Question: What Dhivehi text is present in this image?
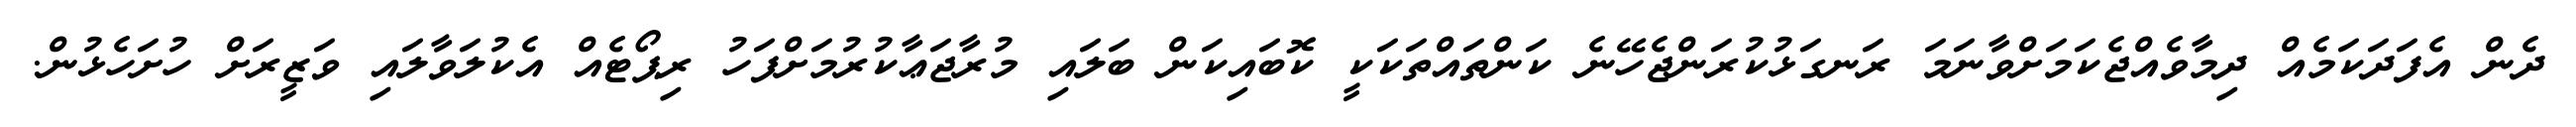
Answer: ދެން އެފަދަކަމެއް ދިމާވެއްޖެކަމަށްވާނަމަ ރަނގަޅުކުރަންޖެހޭނެ ކަންތައްތަކަކީ ކޮބައިކަން ބަލައި މުރާޖަޢާކުރުމަށްފަހު ރިޕޯޓެއް އެކުލަވާލައި ވަޒީރަށް ހުށަހެޅުން.